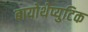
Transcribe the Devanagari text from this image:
बायोथेप्युटिक